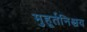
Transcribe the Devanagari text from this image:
मुहूर्तनिश्चय